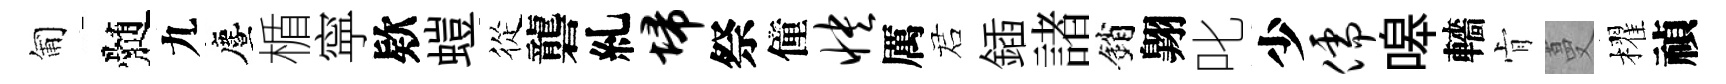
匍髄九󵨌楯寜欵螘從礱糺埽祭僮怏厲诺鍤諸銷翺叱少儒嗥轖肻蔓櫂禎